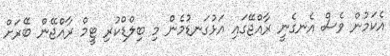
އެކަމުން ވެސް އެނގެނީ ރާއްޖޭގައި އަޅުގަނޑުމެން މި ބިލްޑްކުރި ޓީމް ރާއްޖޭން ބޭރަށް